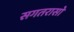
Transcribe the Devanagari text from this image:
सगतरासो